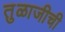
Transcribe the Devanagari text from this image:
तुळाजीची